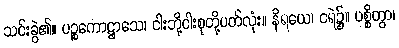
သင်းခွဲ၏။ ပဉ္စကောဋ္ဌာသေ၊ ငါးဘို့ငါးစုတို့ပတ်လုံး။ နိရယေ၊ ငရဲ၌။ ပစ္စိတွာ၊